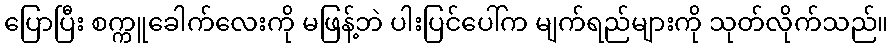
ပြောပြီး စက္ကူခေါက်လေးကို မဖြန့်ဘဲ ပါးပြင်ပေါ်က မျက်ရည်များကို သုတ်လိုက်သည်။